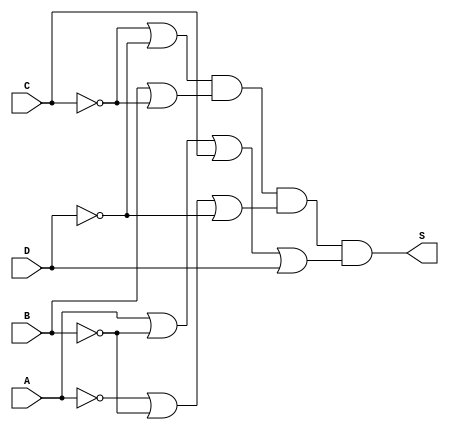
/*
 Recuperacao_0101d.v - v0.0. - 30 / 10 / 2022
 Autor    : Gabriel Vargas Bento de Souza
 Matricula: 778023
 */

/* 
 Produto das Somas
              ___
F(A,B,C,D) =  | |   M (2,3,4,7,A,B,D,F)  = PoS(2,3,4,7,A,B,D,F)

*/

/**
 PoS(2,3,4,7,A,B,D,F)
 */
module PoS (output S,
            input  A, B, C, D);
   assign S = (~C | ~D)            // 3, 7, B, F
            & ( B | ~C)            // 2, 3, A, B
            & (~A | ~B | ~D)       // D, F
            & ( A | ~B |  C |  D); // 4
endmodule // SoP

/**
  Recuperacao_0101d.v
 */
module Recuperacao_0101d;
   reg  A, B, C, D;
   reg[7:0] M;
   wire S;
   
   // instancias
   PoS POS1 (S, A, B, C, D);
   
   // valores iniciais
   initial begin: start
      A=1'bx; B=1'bx; C=1'bx; D=1'bx;                      
   end

   // parte principal
   initial begin: main
       $display("Gabriel Vargas Bento de Souza - 778023");
       $display("Recuperacao_01");
       $display("\n01.d) PoS (0,1,5,6,8,9,C,E)\n");

       // monitoramento
       $display(" M  A  B  C  D  S");
       $monitor("%2c %2b %2b %2b %2b %2b", M, A,  B,  C,  D, S);

       // sinalizacao
          A=0; B=0; C=0; D=0; M="0";
       #1                D=1; M="1";
       #1           C=1; D=0; M="2";
       #1                D=1; M="3";
       #1      B=1; C=0; D=0; M="4";
       #1                D=1; M="5";
       #1           C=1; D=0; M="6";
       #1                D=1; M="7";
       #1 A=1; B=0; C=0; D=0; M="8";
       #1                D=1; M="9";
       #1           C=1; D=0; M="A";
       #1                D=1; M="B";
       #1      B=1; C=0; D=0; M="C";
       #1                D=1; M="D";
       #1           C=1; D=0; M="E";
       #1                D=1; M="F";
   end
endmodule // Recuperacao_0101d

/*
gabriel@desktop-ubuntu:~/Desktop/CC-PUC/2periodo/ARQ1/Tarefas/Recuperacao01$ vvp Recuperacao_0101d.vvp
Gabriel Vargas Bento de Souza - 778023
Recuperacao_01

01.d) PoS (0,1,5,6,8,9,C,E)

 M  A  B  C  D  S
 0  0  0  0  0  1
 1  0  0  0  1  1
 2  0  0  1  0  0
 3  0  0  1  1  0
 4  0  1  0  0  0
 5  0  1  0  1  1
 6  0  1  1  0  1
 7  0  1  1  1  0
 8  1  0  0  0  1
 9  1  0  0  1  1
 A  1  0  1  0  0
 B  1  0  1  1  0
 C  1  1  0  0  1
 D  1  1  0  1  0
 E  1  1  1  0  1
 F  1  1  1  1  0

*/